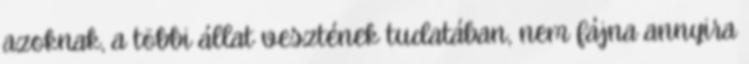
azoknak, a többi állat vesztének tudatában, nem fájna annyira